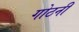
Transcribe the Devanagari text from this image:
गोठनी